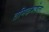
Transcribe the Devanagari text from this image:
तमिऴभाषेला